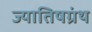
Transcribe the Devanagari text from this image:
ज्यातिषग्रंथ